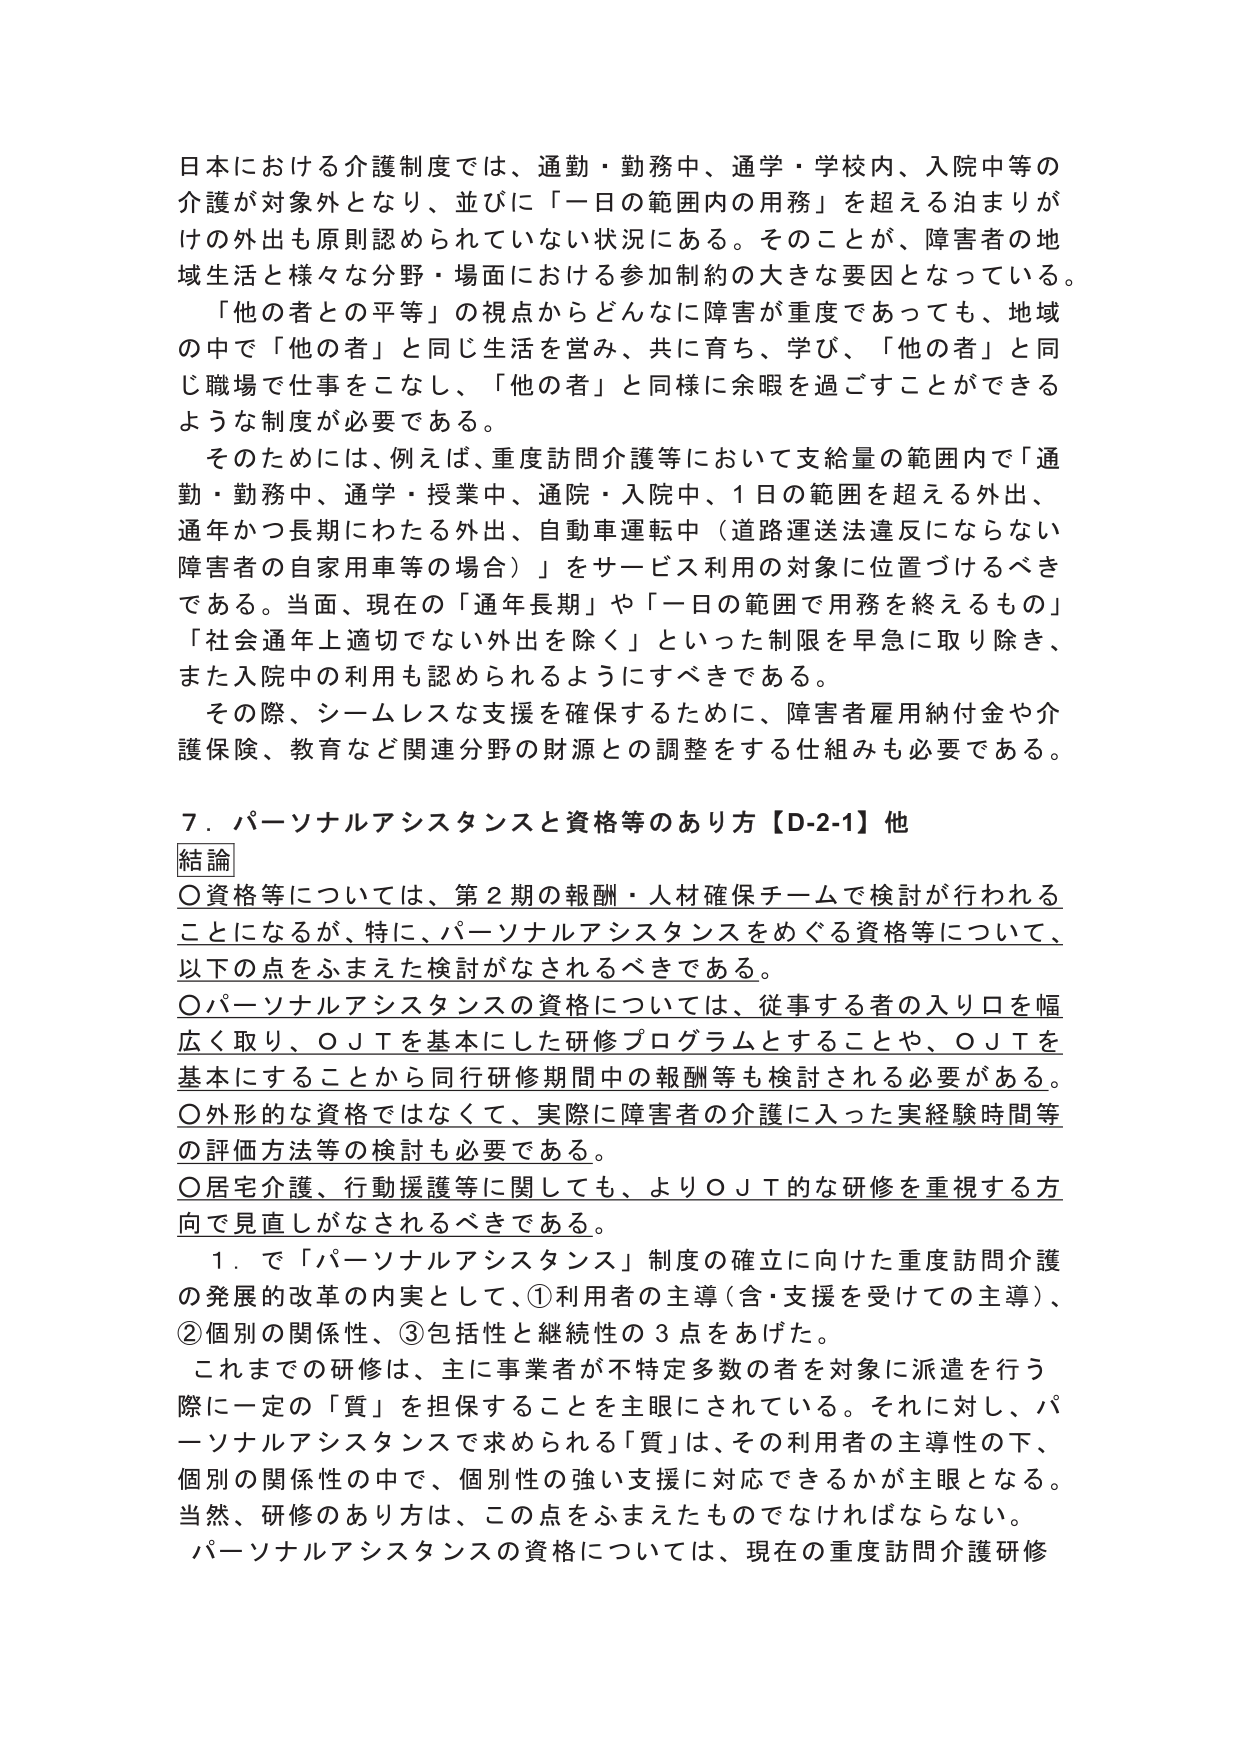
日本における介護制度では、通勤・勤務中、通学・学校内、入院中等の介護が対象外となり、並びに「一日の範囲内の用務」を超える泊まりがけの外出も原則認められていない状況にある。そのことが、障害者の地域生活と様々な分野・場面における参加制約の大きな要因となっている。

「他の者との平等」の視点からどんなに障害が重度であっても、地域の中で「他の者」と同じ生活を営み、共に育ち、学び、「他の者」と同じ職場で仕事をこなし、「他の者」と同様に余暇を過ごすことができるような制度が必要である。

そのためには、例えば、重度訪問介護等において支給量の範囲内で「通勤・勤務中、通学・授業中、通院・入院中、1日の範囲を超える外出、通年かつ長期にわたる外出、自動車運転中（道路運送法違反にならない障害者の自家用車等の場合）」をサービス利用の対象に位置づけるべきである。当面、現在の「通年長期」や「一日の範囲で用務を終えるもの」「社会通年上適切でない外出を除く」といった制限を早急に取り除き、また入院中の利用も認められるようにすべきである。

その際、シームレスな支援を確保するために、障害者雇用納付金や介護保険、教育など関連分野の財源との調整をする仕組みも必要である。

７．パーソナルアシスタンスと資格等のあり方【D-2-1】他

結論

○資格等については、第2期の報酬・人材確保チームで検討が行われることになるが、特に、パーソナルアシスタンスをめぐる資格等について、以下の点をふまえた検討がなされるべきである。

○パーソナルアシスタンスの資格については、従事する者の入り口を幅広く取り、OJTを基本にした研修プログラムとすることや、OJTを基本にすることから同行研修期間中の報酬等も検討される必要がある。

○外形的な資格ではなくて、実際に障害者の介護に入った実経験時間等の評価方法等の検討も必要である。

○居宅介護、行動援護等に関しても、よりOJT的な研修を重視する方向で見直しがなされるべきである。

１．で「パーソナルアシスタンス」制度の確立に向けた重度訪問介護の発展的改革の内実として、①利用者の主導（含・支援を受けての主導）、②個別の関係性、③包括性と継続性の3点をあげた。

これまでの研修は、主に事業者が不特定多数の者を対象に派遣を行う際に一定の「質」を担保することを主眼にされている。それに対し、パーソナルアシスタンスで求められる「質」は、その利用者の主導性の下、個別の関係性の中で、個別性の強い支援に対応できるかが主眼となる。当然、研修のあり方は、この点をふまえたものでなければならない。

パーソナルアシスタンスの資格については、現在の重度訪問介護研修